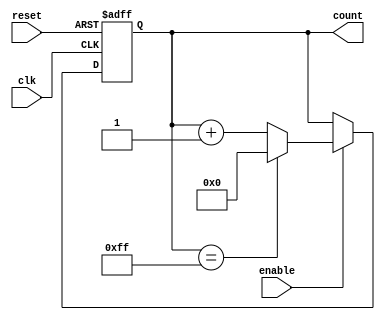
module binary_up_counter (
    input wire clk,
    input wire reset,
    input wire enable,
    output reg [N-1:0] count
);

parameter N = 8; // number of bits in the counter

always @(posedge clk or posedge reset) begin
    if (reset) begin
        count <= 0;
    end else begin
        if (enable) begin
            if (count == (2**N - 1)) begin
                count <= 0;
            end else begin
                count <= count + 1;
            end
        end
    end
end

endmodule